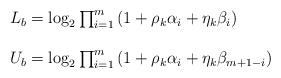
LaTeX: \begin{align*}\begin{array}{lll}L_b=\log_2 \prod_{i=1}^m\left(1+\rho_k\alpha_i+\eta_k\beta_i\right)\\\\U_b=\log_2 \prod_{i=1}^m\left(1+\rho_k\alpha_i+\eta_k\beta_{m+1-i}\right)\end{array}\end{align*}